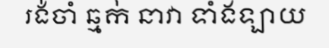
រង់ចាំ ឆ្មក់ នាវា ទាំងឡាយ